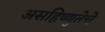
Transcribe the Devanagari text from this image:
असहिष्णुतेचे